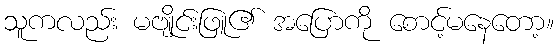
သူကလည်း မဗျိုင်းဖြူ၏ အပြောကို စောင့်မနေတော့။